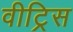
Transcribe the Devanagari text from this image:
वीट्रिस